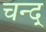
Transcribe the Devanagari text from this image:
चन्द्